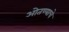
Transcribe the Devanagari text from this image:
ओतण्याचे